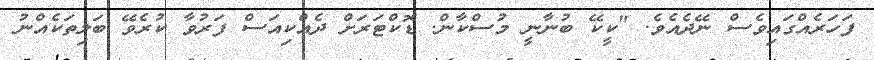
ފަހަރެއްގައިވެސް ނޭދެއެވެ. "ކީކޭ ބުނާނީ މުސްކާން. ޑޮކްޓަރަށް ދެއްކިއަސް ފަރުވާ ކުރެވޭ ބަލިތަކެއްނު